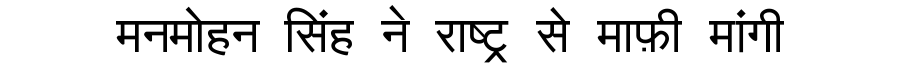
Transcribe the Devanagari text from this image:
मनमोहन सिंह ने राष्ट्र से माफ़ी मांगी